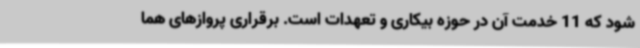
شود که 11 خدمت آن در حوزه بیکاری و تعهدات است. برقراری پروازهای هما